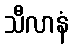
သီလာနံ